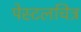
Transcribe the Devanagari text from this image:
पेस्टलचित्र